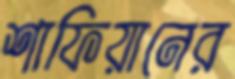
শাফিয়ানের